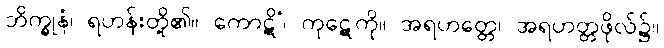
ဘိက္ခုနံ၊ ရဟန်းတို့၏။ ကောဋိံ၊ ကုဋေကို။ အရဟတ္တေ၊ အရဟတ္တဖိုလ်၌။